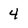
Character: 4